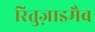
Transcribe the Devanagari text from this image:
रितुज़ाइमैब